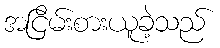
အငြိမ်းစားယူခဲ့သည်